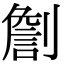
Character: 𠟧